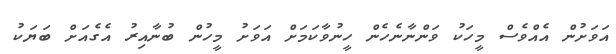
އަވަށުން އެއްވެސް މީހަކު ވަންނާނެހެން ހީނުވާކަމަށް އަވަށު މީހުން ބުނާއިރު އެގެއަށް ބަޔަކު